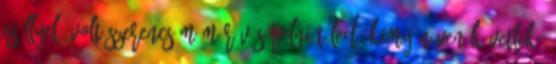
eséllyel, volt szerencsém már vásárolni Tőled: kimy néven követlek,